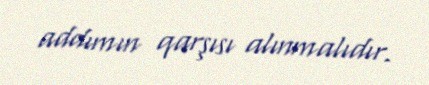
addımın qarşısı alınmalıdır.